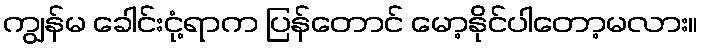
ကျွန်မ ခေါင်းငုံ့ရာက ပြန်တောင် မော့နိုင်ပါတော့မလား။